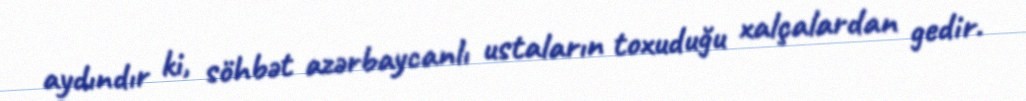
aydındır ki, söhbət azərbaycanlı ustaların toxuduğu xalçalardan gedir.